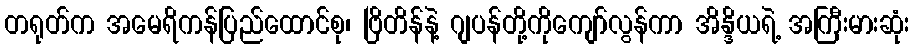
တရုတ်က အမေရိကန်ပြည်ထောင်စု၊ ဗြိတိန်နဲ့ ဂျပန်တို့ကိုကျော်လွန်ကာ အိန္ဒိယရဲ့ အကြီးမားဆုံး